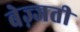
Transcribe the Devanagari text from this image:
बेज़्जती